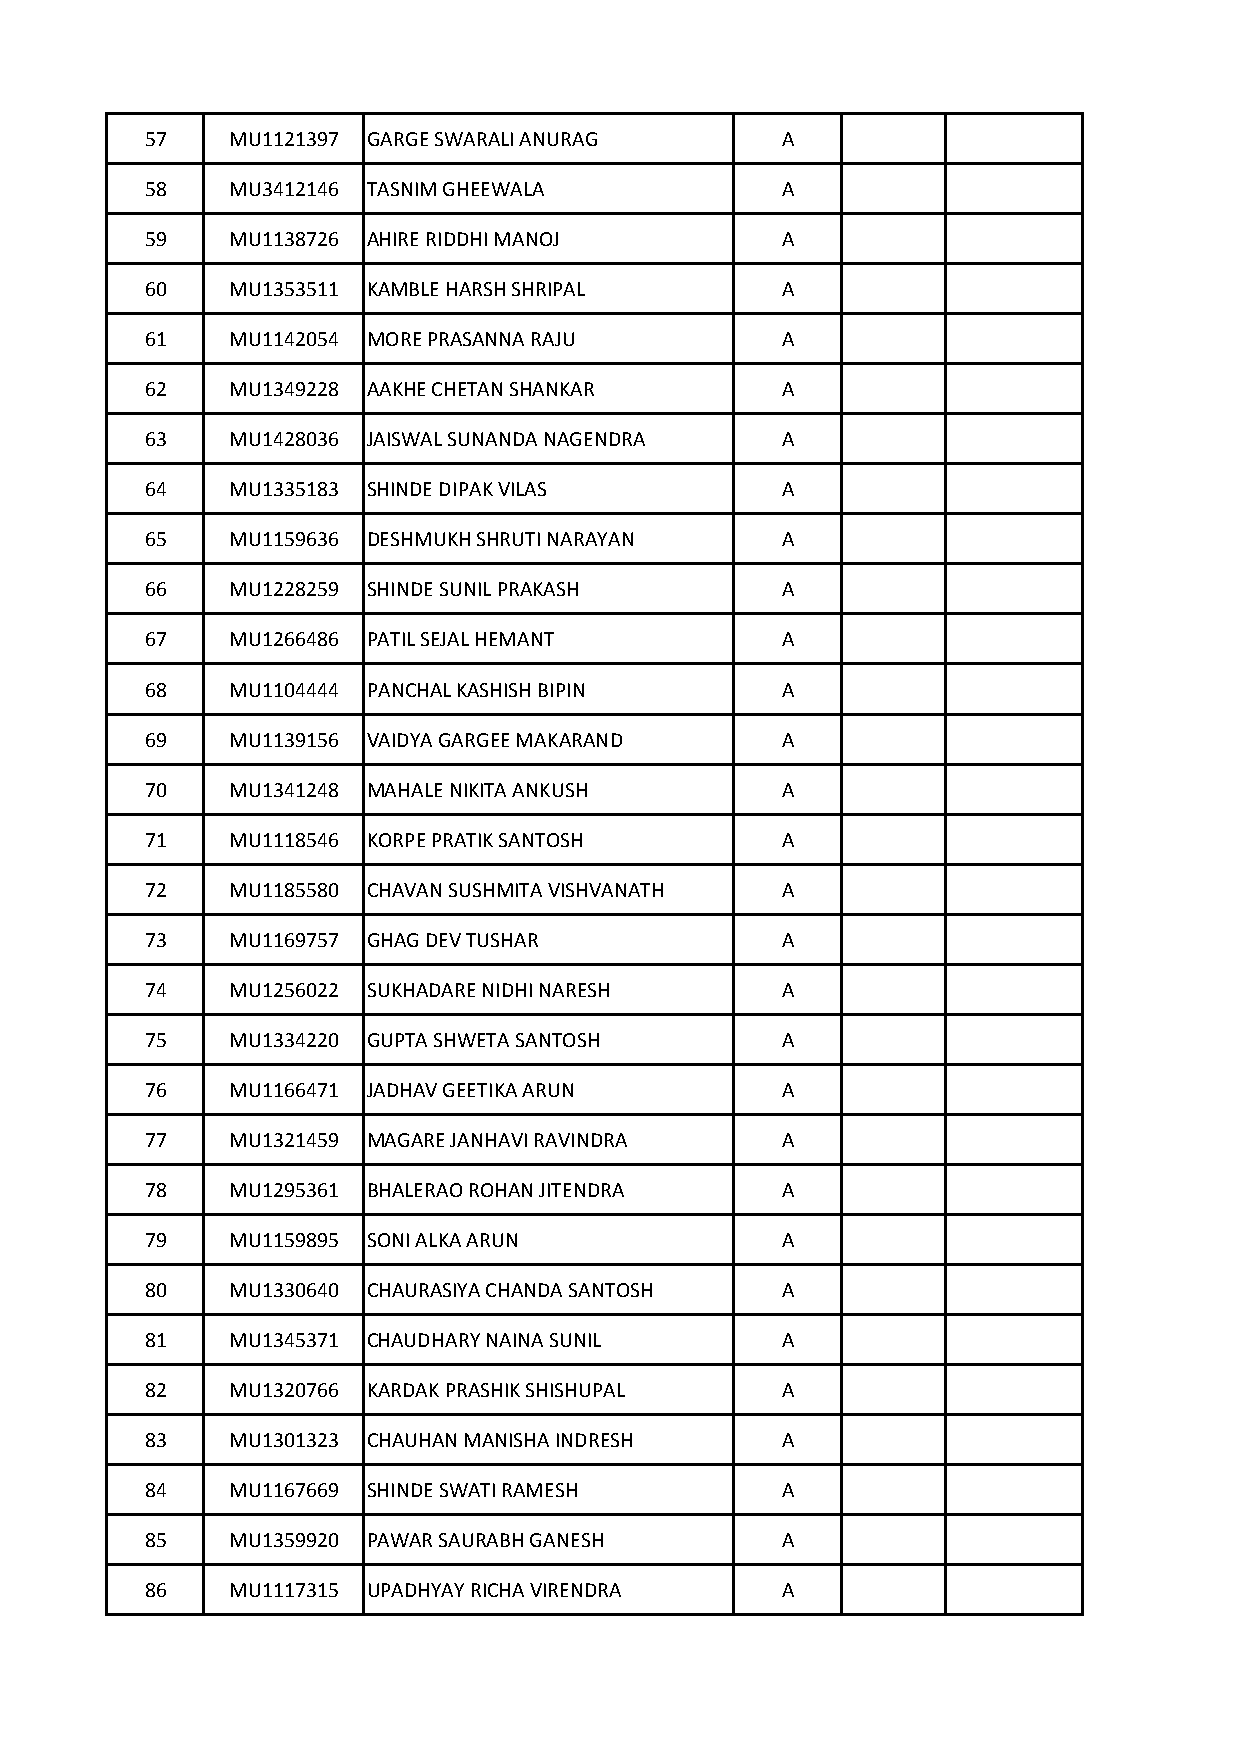
57   MU1121397 GARGE SWARALI ANURAG       A
 58   MU3412146 TASNIM GHEEWALA            A
 59   MU1138726 AHIRE RIDDHI MANOJ         A
 60   MU1353511 KAMBLE HARSH SHRIPAL       A
 61   MU1142054 MORE PRASANNA RAJU         A
 62   MU1349228 AAKHE CHETAN SHANKAR       A
 63   MU1428036 JAISWAL SUNANDA NAGENDRA   A
 64   MU1335183 SHINDE DIPAK VILAS         A
 65   MU1159636 DESHMUKH SHRUTI NARAYAN    A
 66   MU1228259 SHINDE SUNIL PRAKASH       A
 67   MU1266486 PATIL SEJAL HEMANT         A
 68   MU1104444 PANCHAL KASHISH BIPIN      A
 69   MU1139156 VAIDYA GARGEE MAKARAND     A
 70   MU1341248 MAHALE NIKITA ANKUSH       A
 71   MU1118546 KORPE PRATIK SANTOSH       A
 72   MU1185580 CHAVAN SUSHMITA VISHVANATH A
 73   MU1169757 GHAG DEV TUSHAR            A
 74   MU1256022 SUKHADARE NIDHI NARESH     A
 75   MU1334220 GUPTA SHWETA SANTOSH       A
 76   MU1166471 JADHAV GEETIKA ARUN        A
 77   MU1321459 MAGARE JANHAVI RAVINDRA    A
 78   MU1295361 BHALERAO ROHAN JITENDRA    A
 79   MU1159895 SONI ALKA ARUN             A
 80   MU1330640 CHAURASIYA CHANDA SANTOSH  A
 81   MU1345371 CHAUDHARY NAINA SUNIL      A
 82   MU1320766 KARDAK PRASHIK SHISHUPAL   A
 83   MU1301323 CHAUHAN MANISHA INDRESH    A
 84   MU1167669 SHINDE SWATI RAMESH        A
 85   MU1359920 PAWAR SAURABH GANESH       A
 86   MU1117315 UPADHYAY RICHA VIRENDRA    A